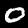
Label: 0